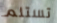
تستلم